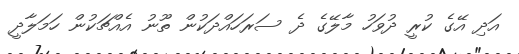
އަދި އޭގެ ކުރީ ދުވަހު މާލޭގެ ދެ ސަރަހައްދަކުން ތޫނު އެއްޗަކުން ހަމަލާދީ